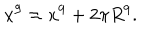
x ^ { 9 } \approx x ^ { 9 } + 2 \pi R ^ { 9 } .